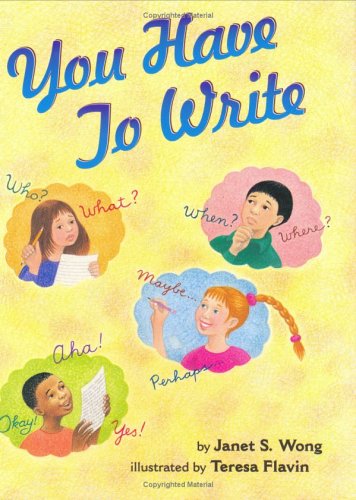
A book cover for You Have to Write; Janet S. Wong; Children's Books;